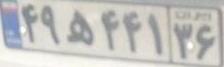
۴۹ه۴۴۱۳۶